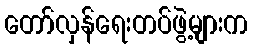
တော်လှန်ရေးတပ်ဖွဲ့များက